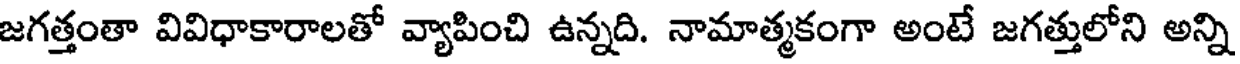
జగత్తంతా వివిధాకారాలతో వ్యాపించి ఉన్నది. నామాత్మకంగా అంటే జగత్తులోని అన్ని